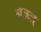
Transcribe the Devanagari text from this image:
गजल्